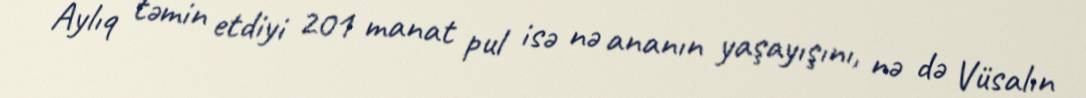
Aylıq təmin etdiyi 201 manat pul isə nə ananın yaşayışını, nə də Vüsalın